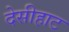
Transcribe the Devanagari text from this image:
देसीहाट